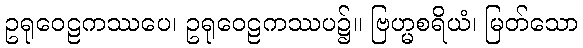
ဥရုဝေဠကဿပေ၊ ဥရုဝေဠကဿပ၌။ ဗြဟ္မစရိယံ၊ မြတ်သော